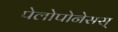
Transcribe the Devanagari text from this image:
पेलोपोनेसस्